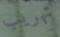
تهريب